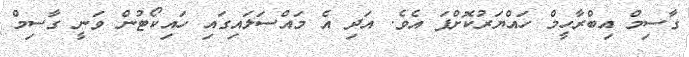
ގާސިމް އިބްރާހީމް ހައްޔަރުކޮށްފަ އެވެ. އަދި އެ މައްސަލައިގައި ހައިކޯޓުން ވަނީ ގާސިމް